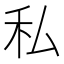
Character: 私